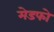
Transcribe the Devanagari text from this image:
मेडफो